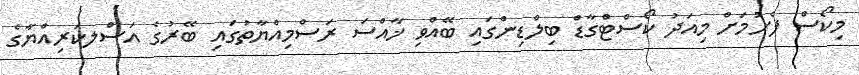
މިކޯސް ފެށުމަށް މިއަދު ކޯސްޓްގާޑް ބިލްޑިންގައި ބޭއްވި ޚާއްސަ ރަސްމިއްޔާތުގައި ބޭރުގެ އަސްލކަރިއްޔާގެ